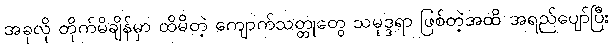
အခုလို တိုက်မိချိန်မှာ ထိမိတဲ့ ကျောက်သတ္တုတွေ သမုဒ္ဒရာ ဖြစ်တဲ့အထိ အရည်ပျော်ပြီး